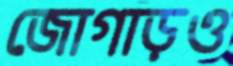
জোগাড়ও